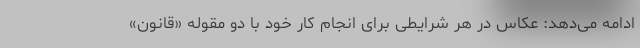
ادامه می‌دهد: عکاس در هر شرایطی برای انجام کار خود با دو مقوله «قانون»